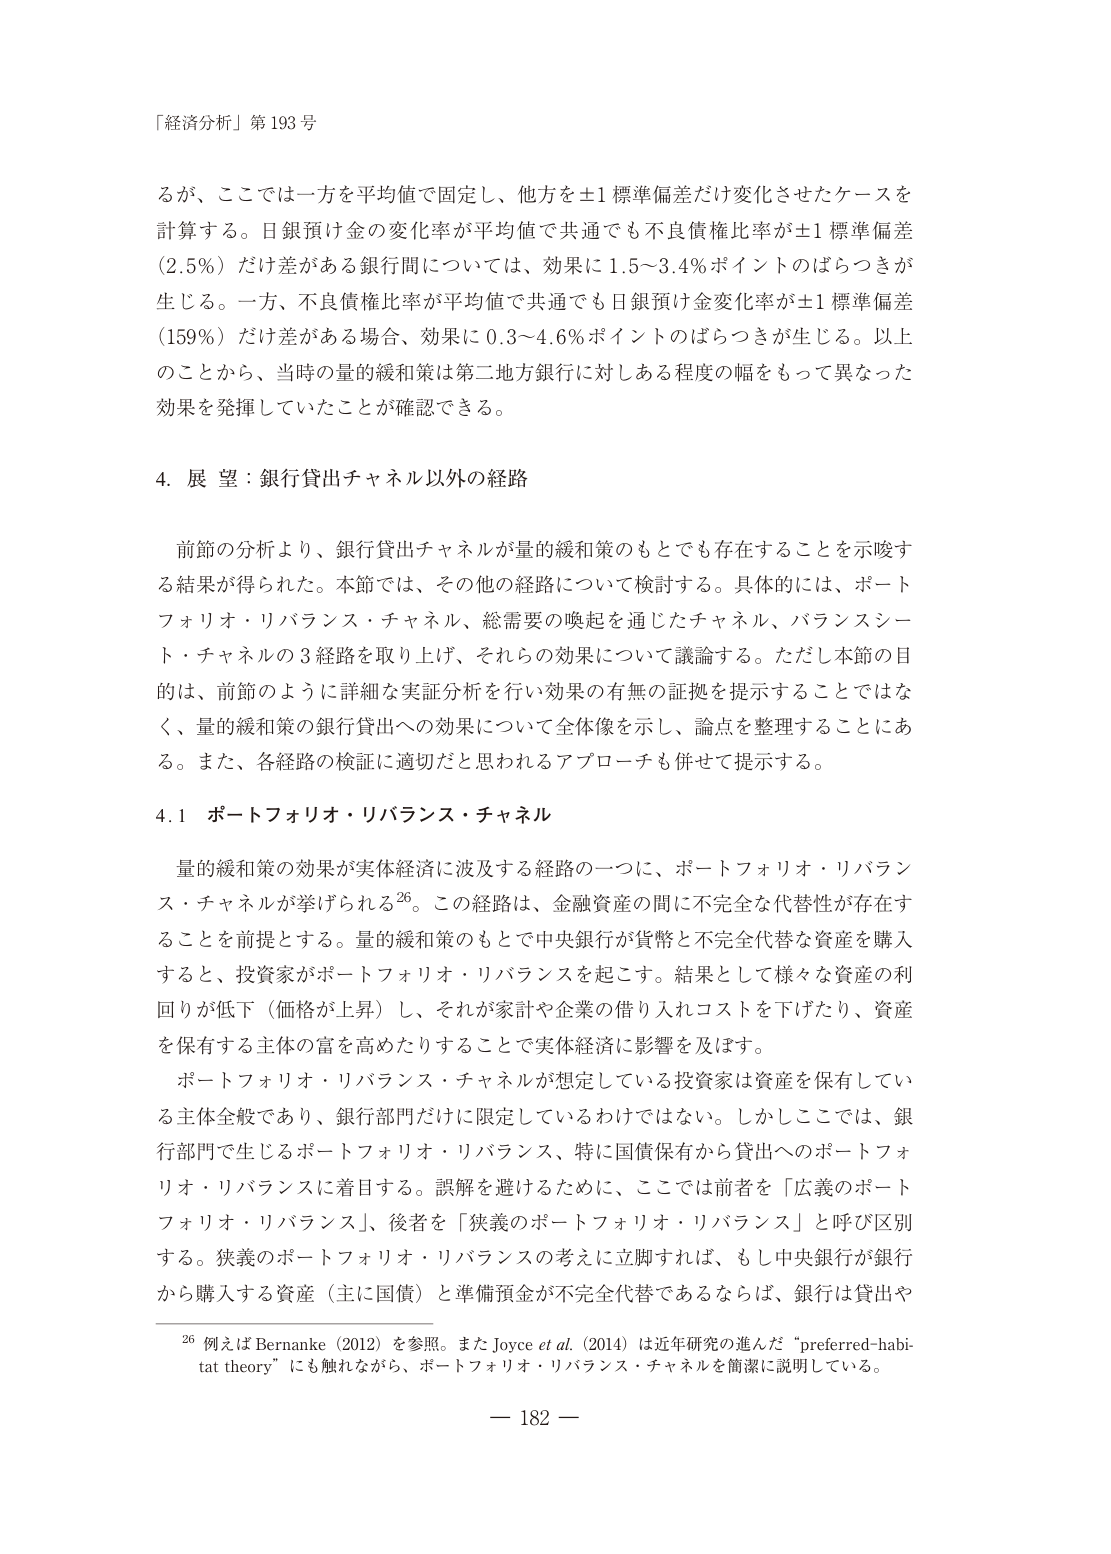
「経済分析」第193号

るが、ここでは一方を平均値で固定し、他方を±1標準偏差だけ変化させたケースを
計算する。日銀預け金の変化率が平均値で共通でも不良債権比率が±1標準偏差
（2.5％）だけ差がある銀行間については、効果に1.5～3.4％ポイントのばらつきが
生じる。一方、不良債権比率が平均値で共通でも日銀預け金変化率が±1標準偏差
（159％）だけ差がある場合、効果に0.3～4.6％ポイントのばらつきが生じる。以上
のことから、当時の量的緩和策は第二地方銀行に対しある程度の幅をもって異なった
効果を発揮していたことが確認できる。

4. 展望：銀行貸出チャネル以外の経路

前節の分析より、銀行貸出チャネルが量的緩和策のもとでも存在することを示唆す
る結果が得られた。本節では、その他の経路について検討する。具体的には、ポート
フォリオ・リバランス・チャネル、総需要の喚起を通じたチャネル、バランスシー
ト・チャネルの3経路を取り上げ、それらの効果について議論する。ただし本節の目
的は、前節のように詳細な実証分析を行い効果の有無の証拠を提示することではな
く、量的緩和策の銀行貸出への効果について全体像を示し、論点を整理することにあ
る。また、各経路の検証に適切だと思われるアプローチも併せて提示する。

4.1 ポートフォリオ・リバランス・チャネル

量的緩和策の効果が実体経済に波及する経路の一つに、ポートフォリオ・リバラン
ス・チャネルが挙げられる26。この経路は、金融資産の間に不完全な代替性が存在す
ることを前提とする。量的緩和策のもとで中央銀行が貨幣と不完全代替な資産を購入
すると、投資家がポートフォリオ・リバランスを起こす。結果として様々な資産の利
回りが低下（価格が上昇）し、それが家計や企業の借り入れコストを下げたり、資産
を保有する主体の富を高めたりすることで実体経済に影響を及ぼす。

ポートフォリオ・リバランス・チャネルが想定している投資家は資産を保有してい
る主体全般であり、銀行部門だけに限定しているわけではない。しかしここでは、銀
行部門で生じるポートフォリオ・リバランス、特に国債保有から貸出へのポートフォ
リオ・リバランスに着目する。誤解を避けるために、ここでは前者を「広義のポート
フォリオ・リバランス」、後者を「狭義のポートフォリオ・リバランス」と呼び区別
する。狭義のポートフォリオ・リバランスの考えに立脚すれば、もし中央銀行が銀行
から購入する資産（主に国債）と準備預金が不完全代替であるならば、銀行は貸出や

26 例えばBernanke（2012）を参照。またJoyce et al.（2014）は近年研究の進んだ“preferred-habi-
tat theory”にも触れながら、ポートフォリオ・リバランス・チャネルを簡潔に説明している。

— 182 —